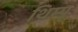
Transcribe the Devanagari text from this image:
थिम्पू